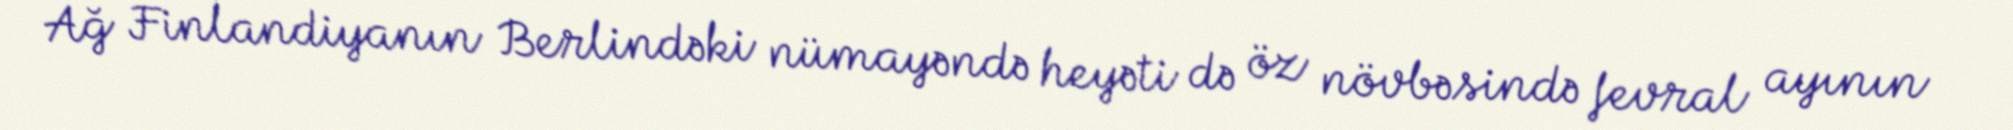
Ağ Finlandiyanın Berlindəki nümayəndə heyəti də öz növbəsində fevral ayının